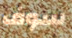
سوف